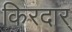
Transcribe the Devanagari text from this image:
किरदार्